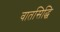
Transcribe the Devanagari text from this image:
वातसिद्धि